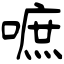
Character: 嗻